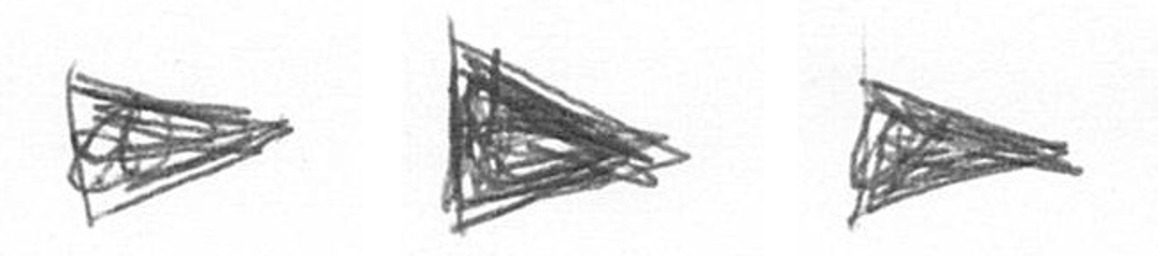
T T T